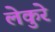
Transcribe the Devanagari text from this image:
लेकुरे